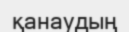
қанаудың